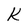
Character: k